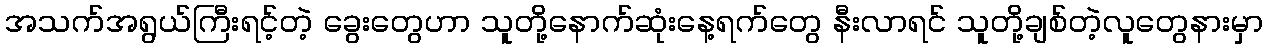
အသက်အရွယ်ကြီးရင့်တဲ့ ခွေးတွေဟာ သူတို့နောက်ဆုံးနေ့ရက်တွေ နီးလာရင် သူတို့ချစ်တဲ့လူတွေနားမှာ